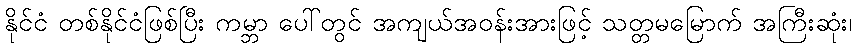
နိုင်ငံ တစ်နိုင်ငံဖြစ်ပြီး ကမ္ဘာ ပေါ်တွင် အကျယ်အဝန်းအားဖြင့် သတ္တမမြောက် အကြီးဆုံး၊